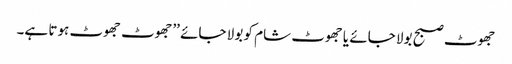
جھوٹ صبح بولا جائے یا جھوٹ شام کو بولا جائے ’’جھوٹ جھوٹ ہوتا ہے۔